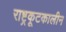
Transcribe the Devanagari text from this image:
राष्ट्रकूटकालीन